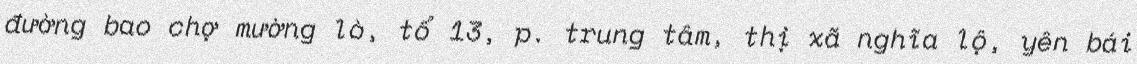
đường bao chợ mường lò, tổ 13, p. trung tâm, thị xã nghĩa lộ, yên bái